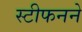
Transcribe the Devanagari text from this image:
स्टीफनने